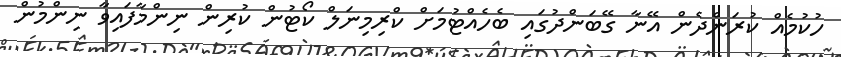
ހުކުމެއް ކުރަންދެން އޭނާ ގޭބަންދުގައި ބެހެއްޓުމަށް ކްރިމިނަލް ކޯޓުން ކުރިން ނިންމާފައިވާ ނިންމުން